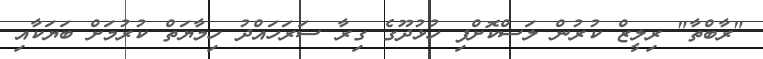
"ރާބްތާ" ރިލީޒް ކުރުން ލަސްކޮށްފި ހުޅުދޫގެ ގިރާ ސަރަހައްދު ހިމާޔަތް ކުރުމަށް ބަޔަކާއި